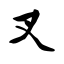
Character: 叉